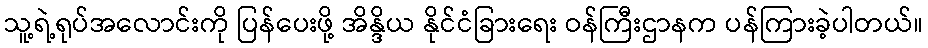
သူ့ရဲ့ရုပ်အလောင်းကို ပြန်ပေးဖို့ အိန္ဒိယ နိုင်ငံခြားရေး ဝန်ကြီးဌာနက ပန်ကြားခဲ့ပါတယ်။